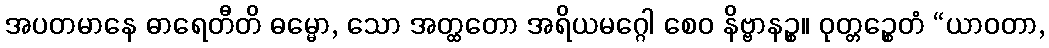
အပတမာနေ ဓာရေတီတိ ဓမ္မော, သော အတ္ထတော အရိယမဂ္ဂေါ စေဝ နိဗ္ဗာနဉ္စ။ ဝုတ္တဉ္စေတံ “ယာဝတာ,